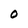
Character: O